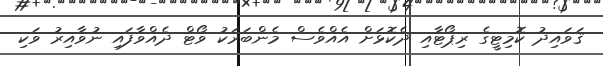
ޤަވައިދު ކޮމިޓީގެ ރިޕޯޓާއި ދެކޮޅަށް އެއްވެސް މެންބަރަކު ވޯޓް ދެއްވާފައި ނުވާއިރު ވަކި